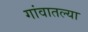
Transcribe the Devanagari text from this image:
गांवातल्या